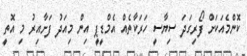
ކޮންމެއަކަށް ފޯރިގަދަ ސިޔާސީ ހަރަކާތެއް އެމްޑީޕީ އިން މިއަދު ފަށާއިރު މި އޮތީ